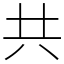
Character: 共